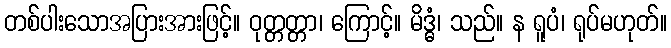
တစ်ပါးသောအပြားအားဖြင့်။ ဝုတ္တတ္တာ၊ ကြောင့်။ မိဒ္ဓံ၊ သည်။ န ရူပံ၊ ရုပ်မဟုတ်။